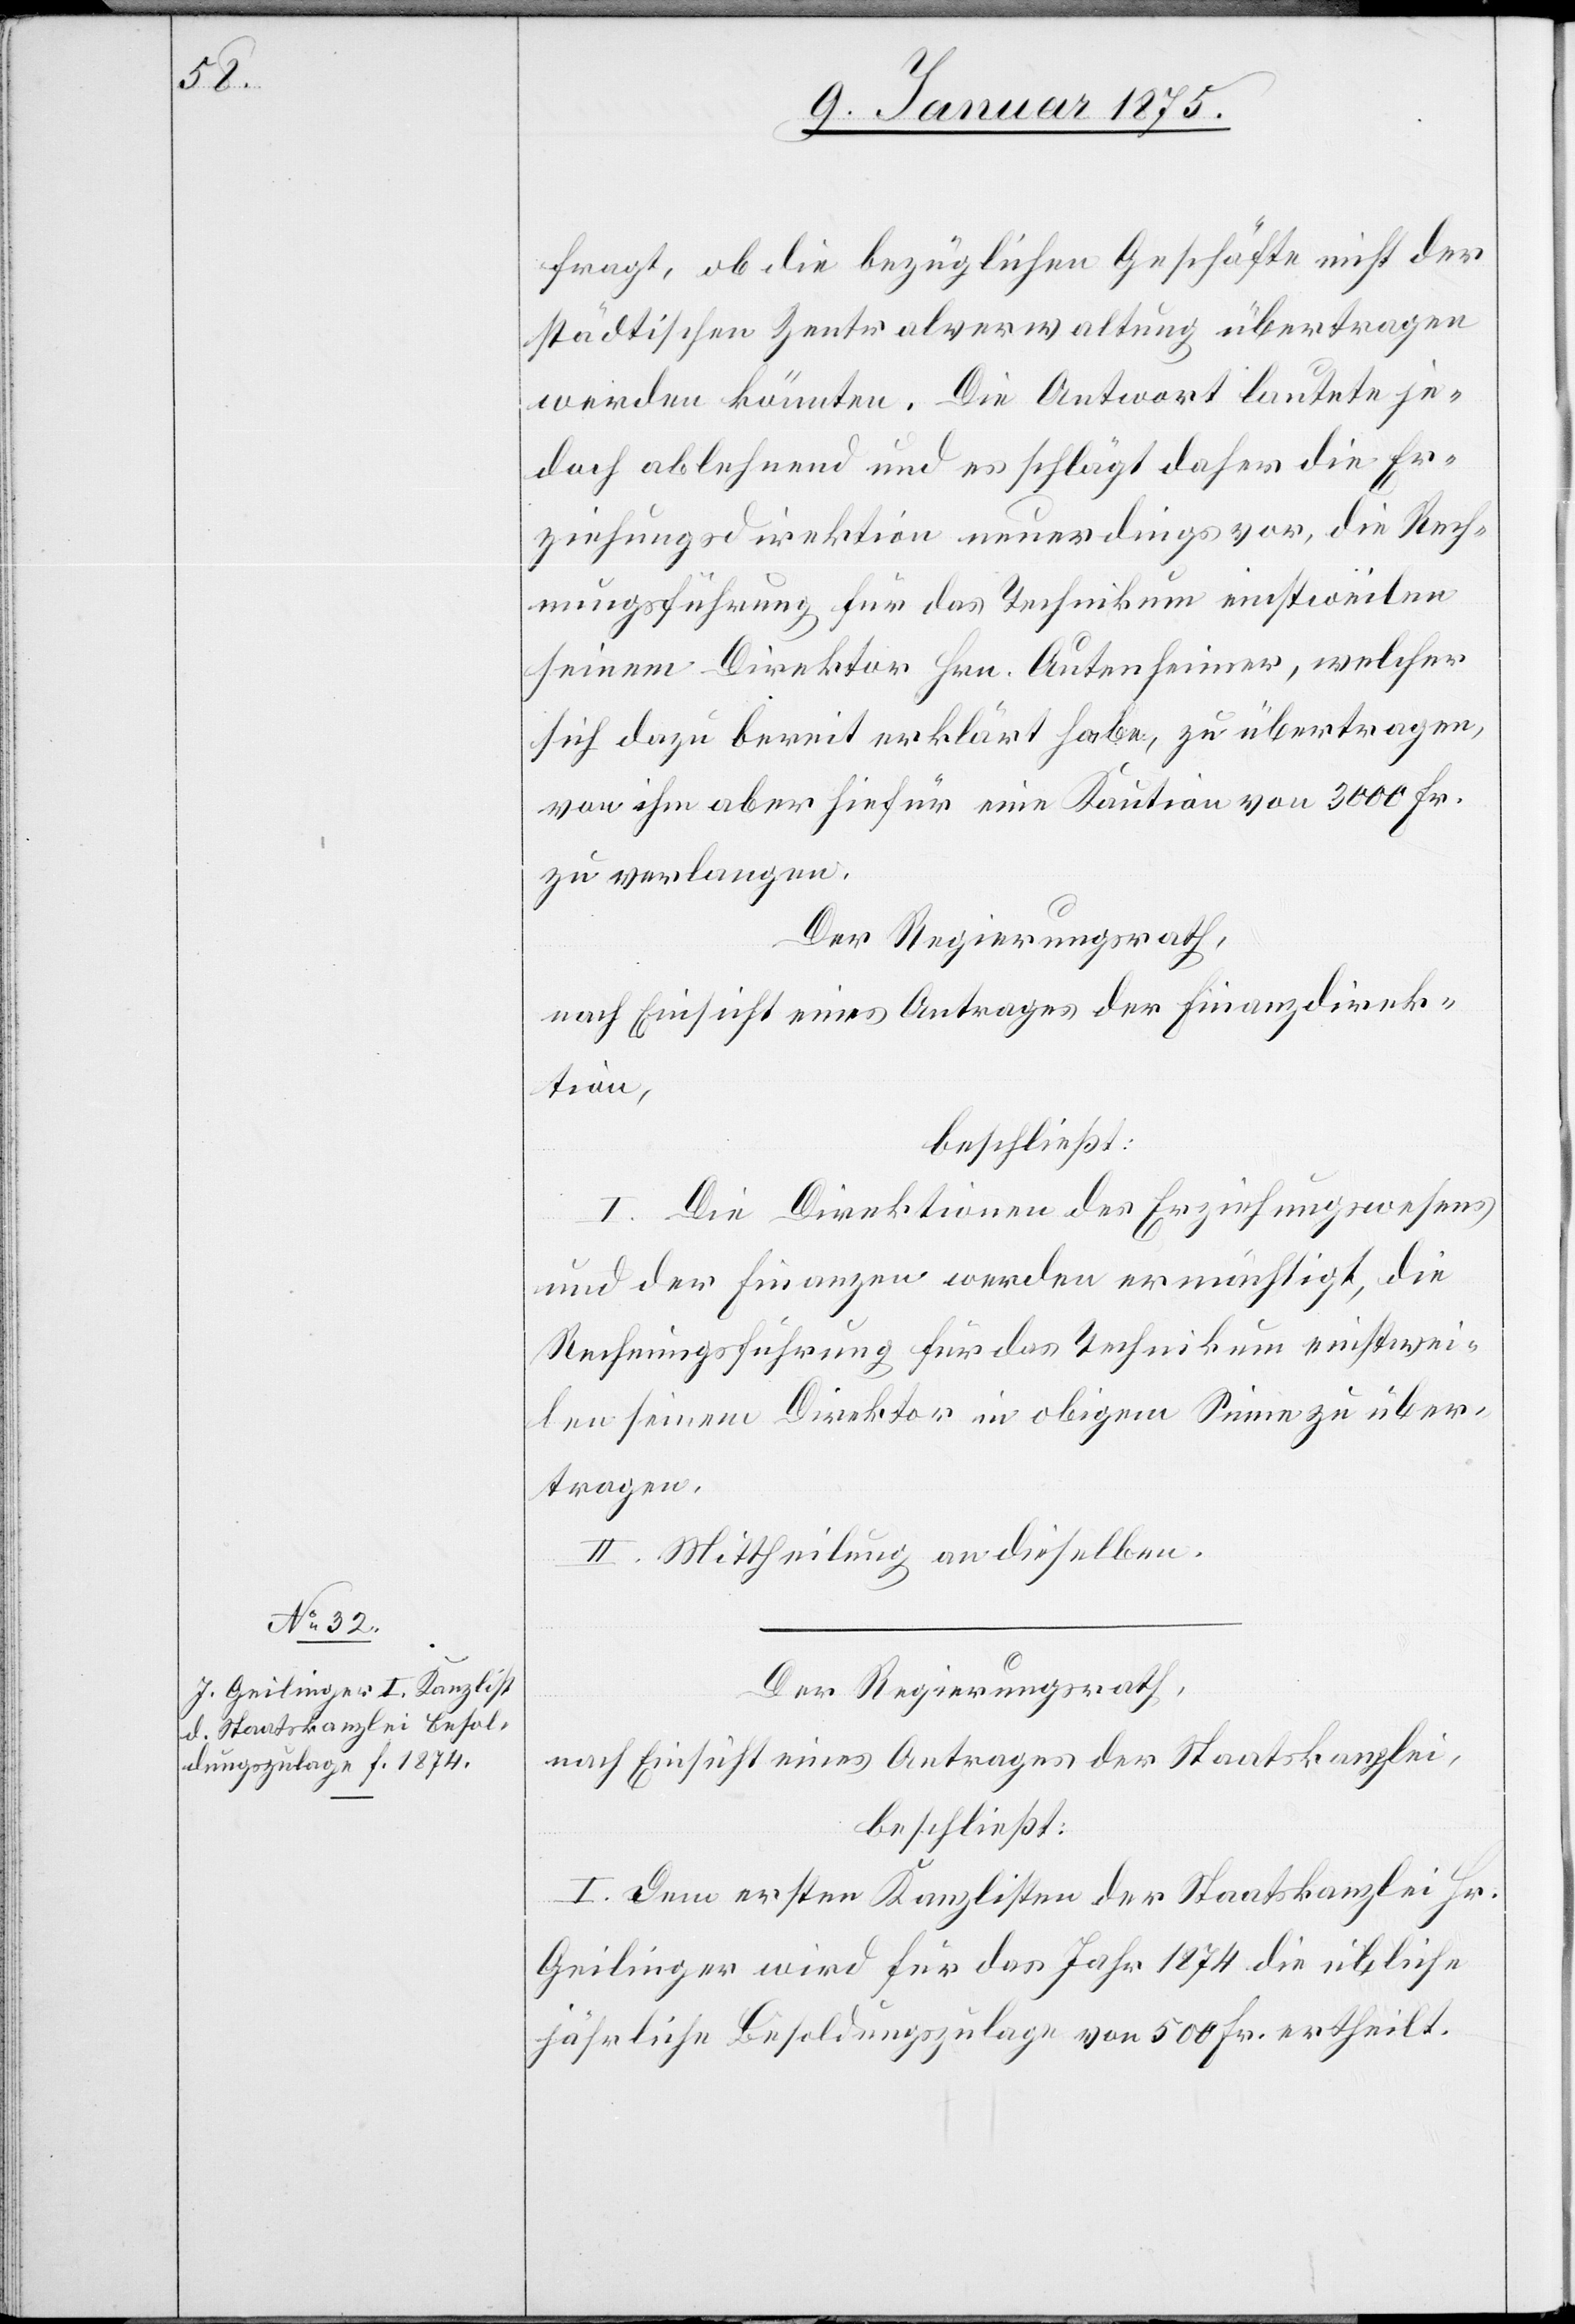
fragt, ob die bezüglichen Geschäfte nicht der
städtischen Zentralverwaltung übertragen
werden könnten. Die Antwort lautete je¬
doch ablehnen und es schlägt daher die Er¬
ziehungsdirektion neuerdings vor, die Rech¬
nungsführung für das Technikum einstweilen
seinem Direktor Hrn. Autenheimer, welcher
sich dazu bereit erklärt habe, zu übertragen,
von ihm aber hiefür eine Kaution von 3000 Fr.
zu verlangen.
Der Regierungsrath,
nach Einsicht eines Antrages der Finanzdirek¬
tion,
beschließt:
I. Die Direktionen des Erziehungswesens
und der Finanzen werden ermächtigt, die
Rechnungsführung für das Technikum einstwei¬
len seinem Direktor in obigem Sinne zu über¬
tragen.
II. Mittheilung an dieselben.
Der Regierungsrath,
nach Einsicht eines Antrages der Staatskanzlei,
beschließt:
I. Dem ersten Kanzlisten der Staatskanzlei Hr.
Geilinger wird für das Jahr 1874 die übliche
jährliche Besoldungszulage von 500 Fr. ertheilt.